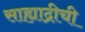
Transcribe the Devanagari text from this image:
साह्याद्रीची